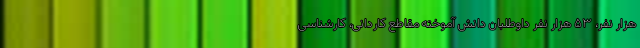
هزار نفر، ۵۳ هزار نفر داوطلبان دانش آموخته مقاطع کاردانی، کارشناسی